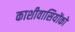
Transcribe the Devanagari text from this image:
काशीवासियोंको